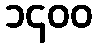
၁၄၀၀